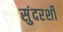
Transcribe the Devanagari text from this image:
सुंदरशी